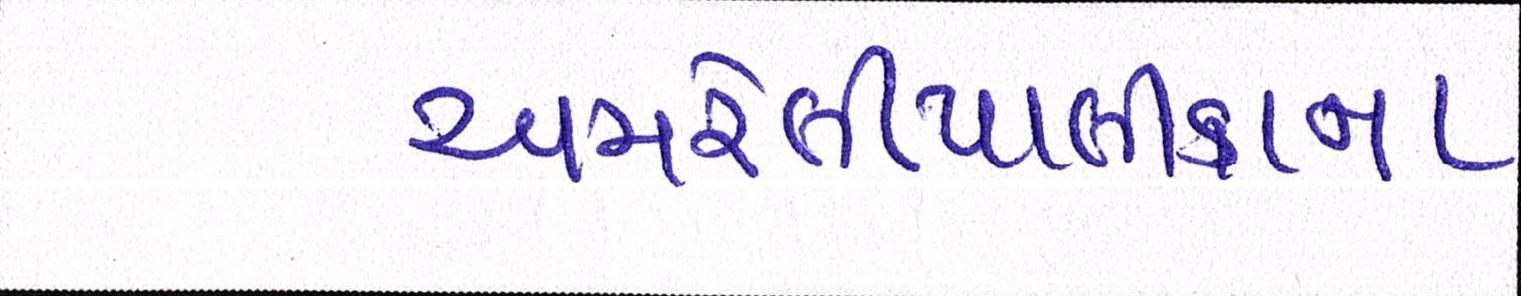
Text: અમરેલીપાલીકાના